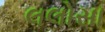
લલોસા